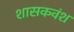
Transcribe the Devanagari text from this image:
शासकवंश